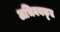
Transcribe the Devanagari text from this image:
अभिनयकृत